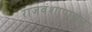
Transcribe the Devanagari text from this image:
राजवंशापासून